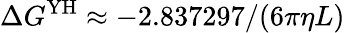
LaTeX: \Delta G^{\mathrm{YH}}\approx-2.837297/(6\pi\eta L)